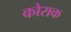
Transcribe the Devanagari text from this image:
कोराक